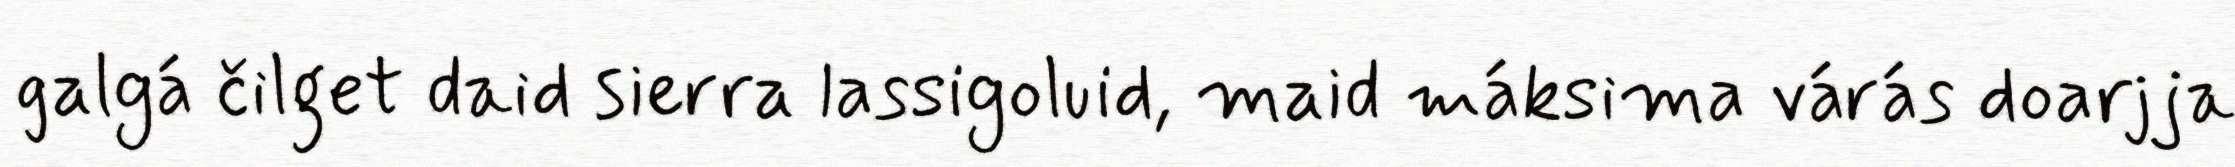
galgá čilget daid sierra lassigoluid, maid máksima várás doarjja